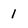
Character: 1